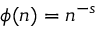
\phi ( n ) = { n } ^ { - s }